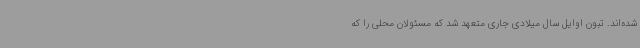
شده‌اند. تبون اوایل سال میلادی جاری متعهد شد که مسئولان محلی را که